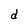
Character: d